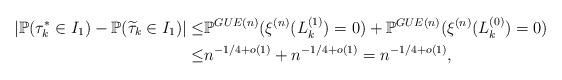
LaTeX: \begin{align*}|\mathbb P(\tau_k^*\in I_1)-\mathbb P(\widetilde{\tau}_k\in I_1)|\leq& \mathbb P^{GUE(n)}(\xi^{(n)}(L_k^{(1)})=0)+\mathbb P^{GUE(n)}( \xi^{(n)}(L_k^{(0)})=0)\\ \leq&n^{-1/4+o(1)}+n^{-1/4+o(1)}=n^{-1/4+o(1)},\end{align*}